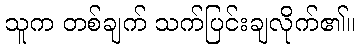
သူက တစ်ချက် သက်ပြင်းချလိုက်၏။